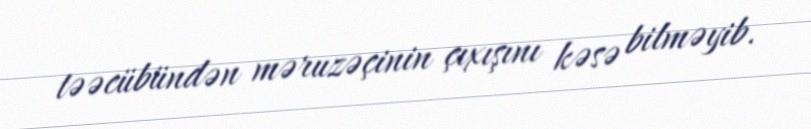
təəcübündən məruzəçinin çıxışını kəsə bilməyib.